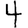
Digit: 4